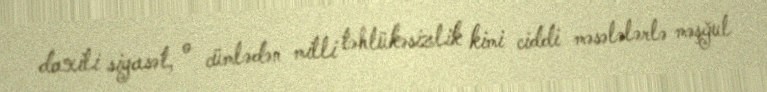
daxili siyasət, o cümlədən milli təhlükəsizlik kimi ciddi məsələlərlə məşğul